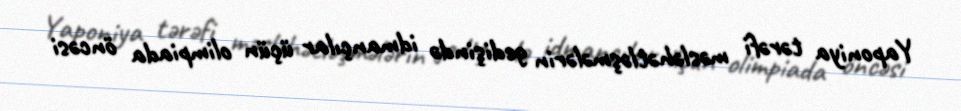
Yaponiya tərəfi məsləhətləşmələrin gedişində idmançılar üçün olimpiada öncəsi